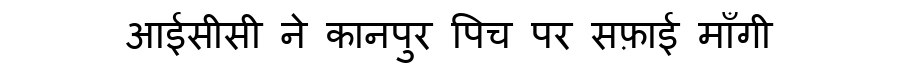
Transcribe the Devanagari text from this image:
आईसीसी ने कानपुर पिच पर सफ़ाई माँगी